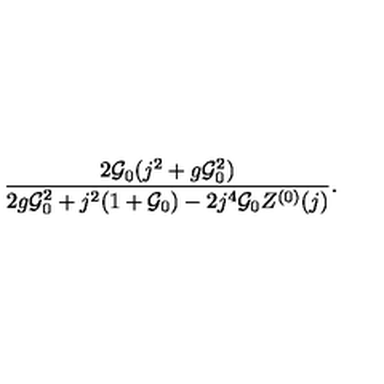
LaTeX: \frac { 2 { \cal G } _ { 0 } ( j ^ { 2 } + g { \cal G } _ { 0 } ^ { 2 } ) } { 2 g { \cal G } _ { 0 } ^ { 2 } + j ^ { 2 } ( 1 + { \cal G } _ { 0 } ) - 2 j ^ { 4 } { \cal G } _ { 0 } Z ^ { ( 0 ) } ( j ) } .